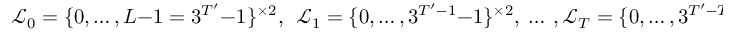
\mathcal { L } _ { 0 } = \{ 0 , \dotsc , L - 1 = 3 ^ { T ^ { \prime } } - 1 \} ^ { \times 2 } , \ \ \mathcal { L } _ { 1 } = \{ 0 , \dotsc , 3 ^ { T ^ { \prime } - 1 } - 1 \} ^ { \times 2 } , \ \dotsc \ , \mathcal { L } _ { T } = \{ 0 , \dotsc , 3 ^ { T ^ { \prime } - T } - 1 \} ^ { \times 2 } .